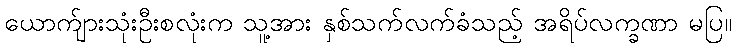
ယောက်ျားသုံးဦးစလုံးက သူ့အား နှစ်သက်လက်ခံသည့် အရိပ်လက္ခဏာ မပြ။